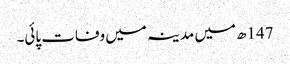
147ھ میں مدینہ میں وفات پائی۔